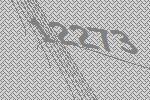
12273